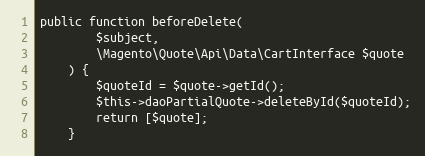
Language: PHP
public function beforeDelete(
        $subject,
        \Magento\Quote\Api\Data\CartInterface $quote
    ) {
        $quoteId = $quote->getId();
        $this->daoPartialQuote->deleteById($quoteId);
        return [$quote];
    }